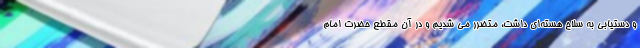
و دستیابی به سلاح هسته‌ای داشت، متضرر می شدیم و در آن مقطع حضرت امام